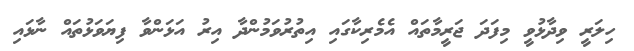
ހިލަރީ ވިދާޅުވީ މިފަދަ ޖަރީމާތައް އެމެރިކާގައި އިތުރުވަމުންދާ އިރު އަޅަންވާ ފިޔަވަޅުތައް ނާޅައި